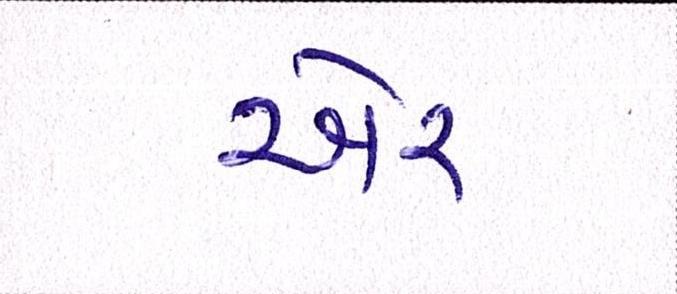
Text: ઍર